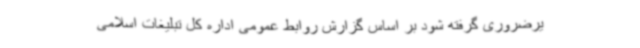
یرضروری گرفته شود بر اساس گزارش روابط عمومی اداره کل تبلیغات اسلامی